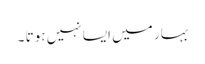
بہار میں ایسا نہیں ہوتا ۔